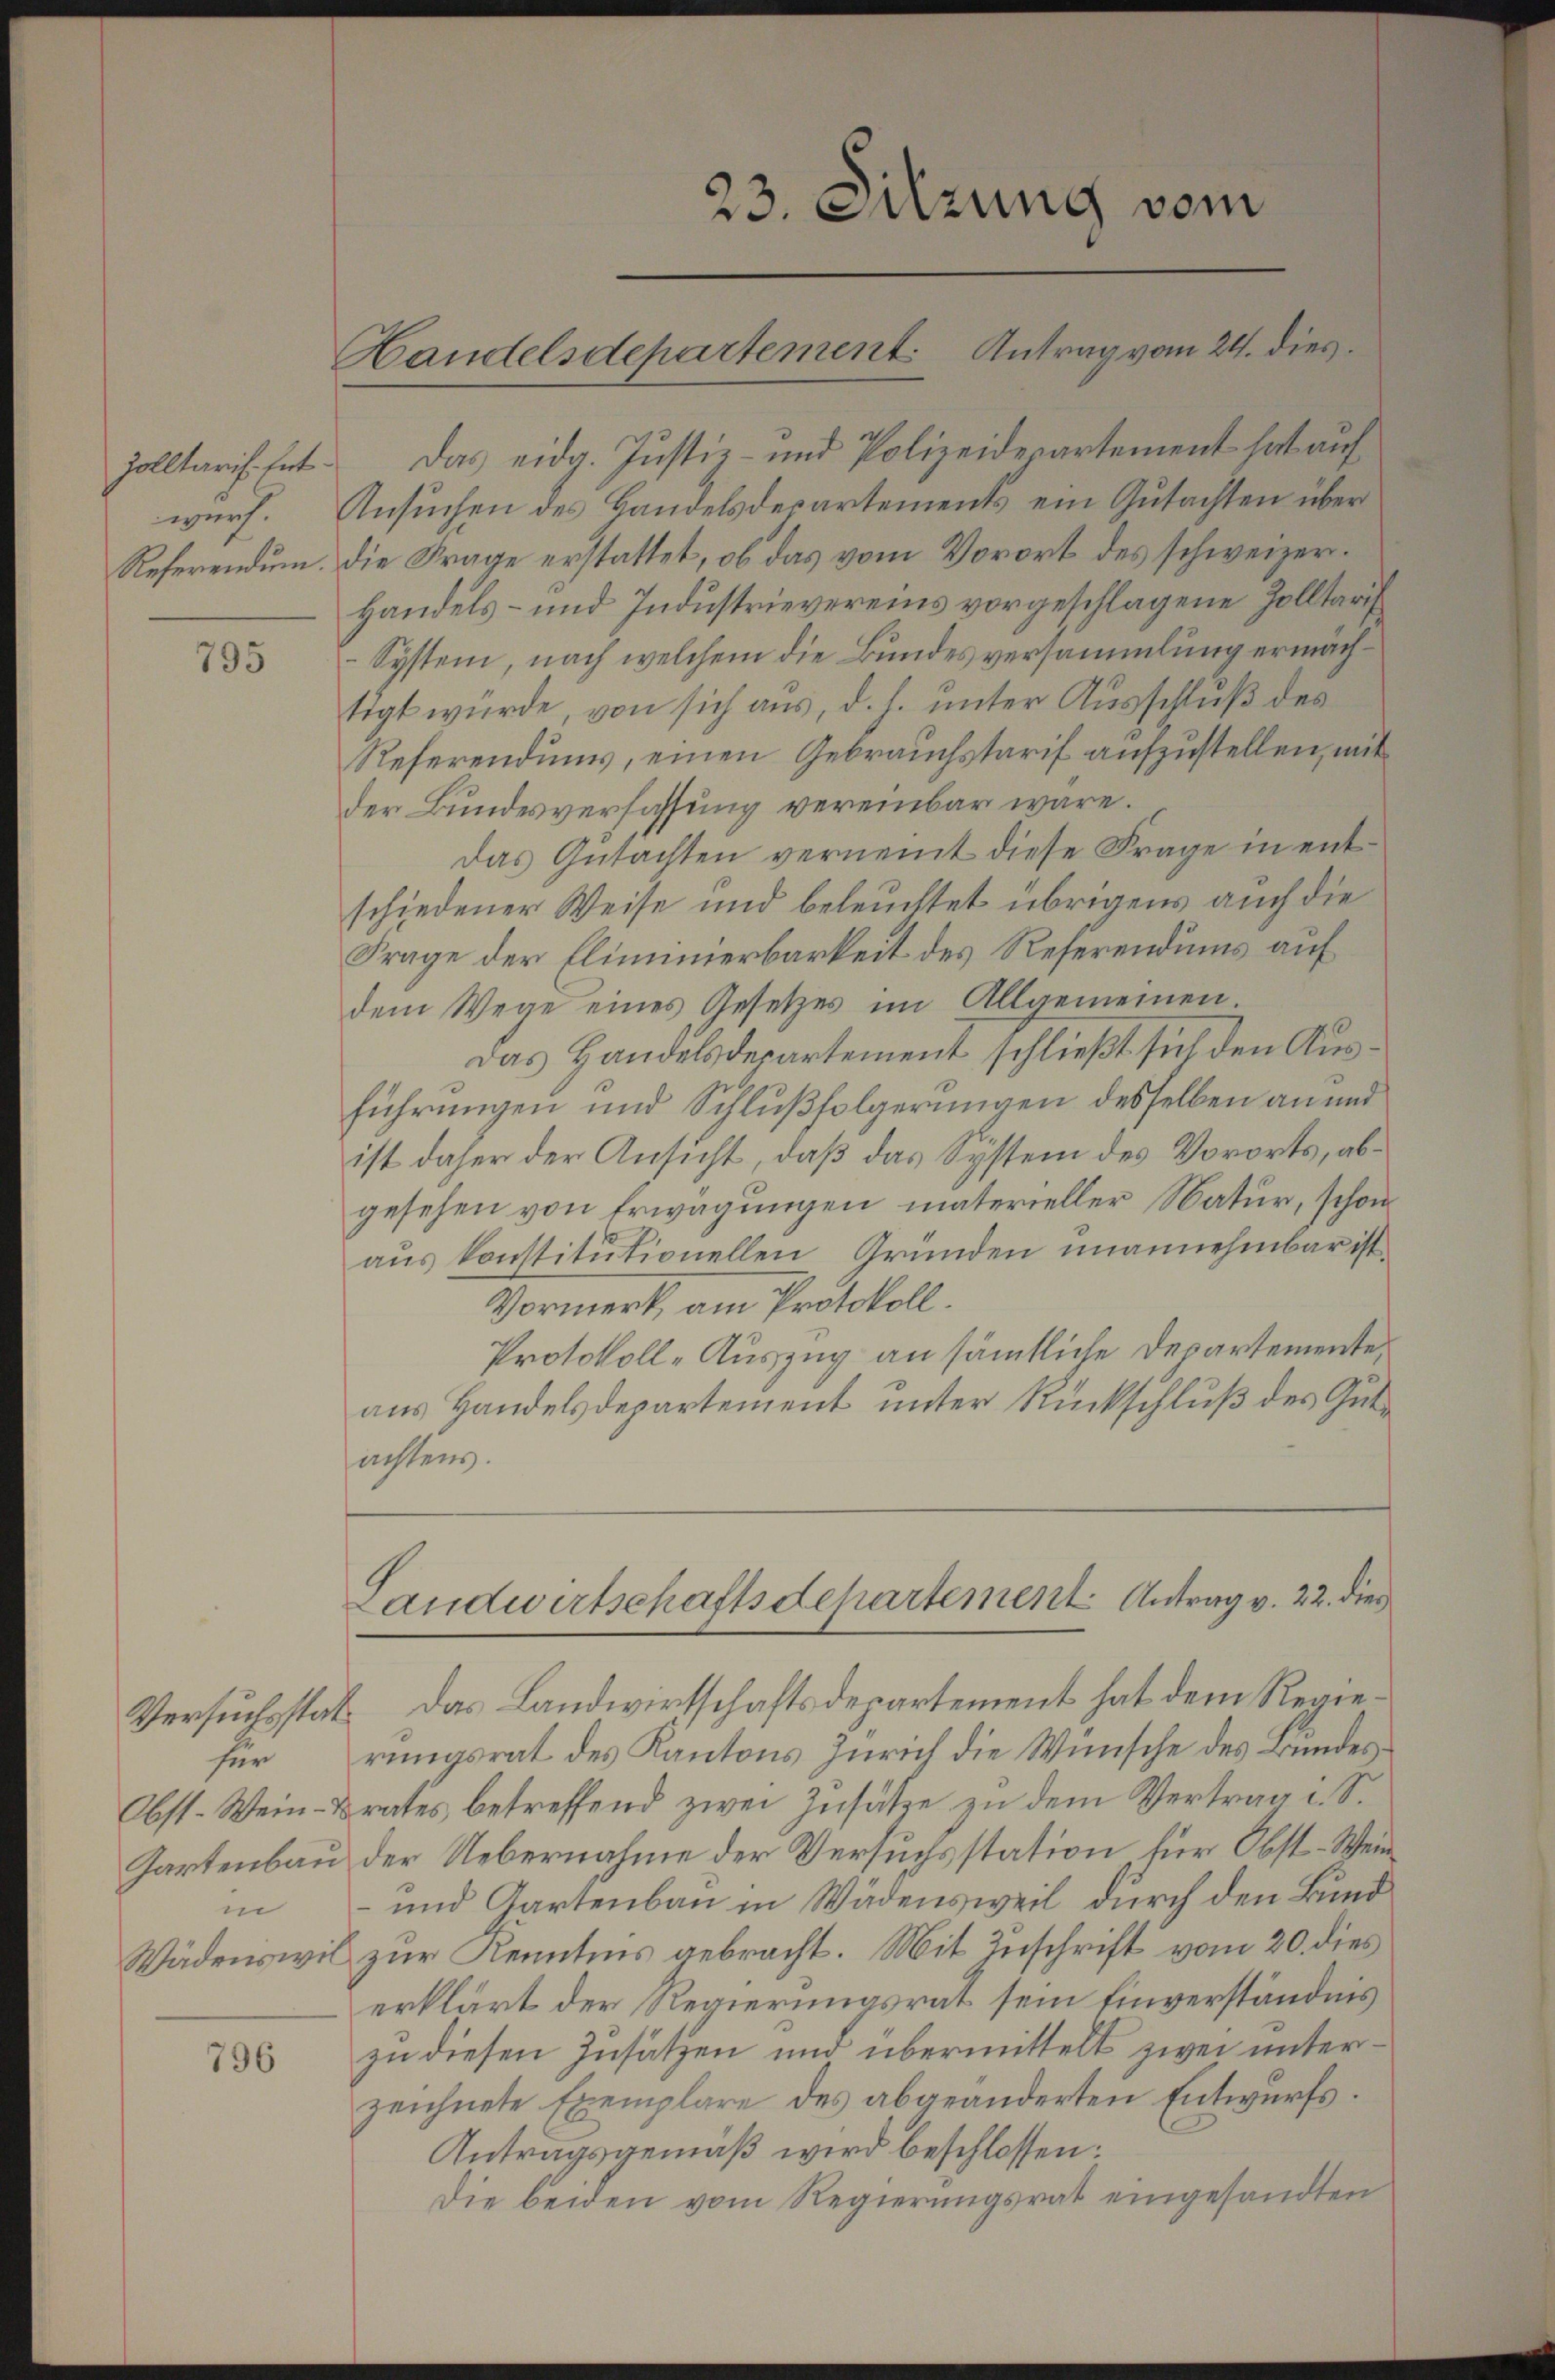
Zolltaris. Entwurf.
Referendum.

795

für
in

796

23. Sitzung vom

Handelsdepartement. Antrag vom 24. dies

Das eidg. Justiz- und Polizeidepartement hat auf
Ansuchen des Handelsdepartements ein Gutachten über
die Frage erstattet, ob das vom Vorort des schweizer¬
Handels- und Industrievereins vorgeschlagene Zolltarif
System, nach welchem die Bundesversammlung ermächtigt würde, von sich aus, d. h. unter Ausschluß des
Referendums, einen Gebrauchstarif aufzustellen, mit
der Bundesverfassung vereinbar wäre.
Das Gutachten vernennt diese Frage in entschiedener Weise und beleuchtet übrigens auch die
Frage der Eliminierbarkeit des Referendums auf
dem Wege eines Gesetzes im Allgemeinen
Das Handelsdepartement schließt sich den Ausführungen und Schlußfolgerungen desselben an und
ist daher der Ansicht, daß das System des Vororts, abgesehen von Erwägungen materieller Natur, schon
aus konstitutionellen Gründen unannehmbar ist
Vormerk am Protokoll.
Protokoll-Auszug an sämtliche Departemente,
aus Handelsdepartement unter Rückschluß des Gute
achtens.
Landwirtschaftsdepartement. Antrag v. 22. dies
Versuchsstat. Das Landwirtschaftsdepartement hat dem Regierungsrat des Kantons Zürich die Wünsche des Bundes¬
Obst-Wein-Brates betreffend zwei Zusätze zu dem Vertrag i. S.
Gartenbau der Uebernahme der Versuchsstation für Obst-Wein¬
und Gartenbau in Wädensweil durch den Bund
Wädenswil zur Kenntnis gebracht. Mit Zuschrift vom 20. dies
erklärt der Regierungsrat sein Einverständnis
zu diesen Zusätzen und übermittelt zwei unterzeichnete Exemplare des abgeänderten Entwurfs¬
Antragsgemäß wird beschlossen:
Die beiden vom Regierungsrat eingesandten